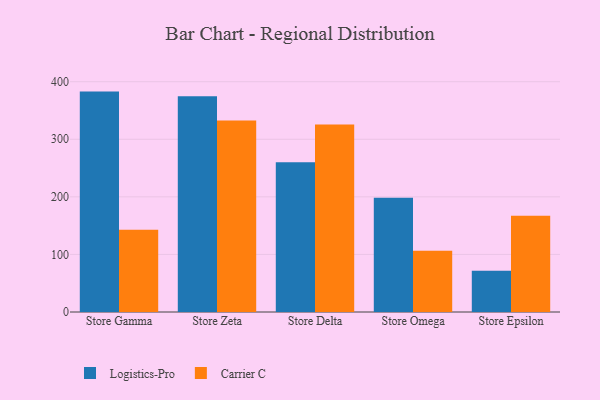
{"axis": {"x": "Store", "y": "Market Share (%)"}, "legend": ["Carrier C", "Logistics-Pro"], "data": [{"x": "Store Gamma", "y": 382.8, "type": "Logistics-Pro"}, {"x": "Store Gamma", "y": 142.7, "type": "Carrier C"}, {"x": "Store Zeta", "y": 374.8, "type": "Logistics-Pro"}, {"x": "Store Zeta", "y": 332.7, "type": "Carrier C"}, {"x": "Store Delta", "y": 260.2, "type": "Logistics-Pro"}, {"x": "Store Delta", "y": 325.7, "type": "Carrier C"}, {"x": "Store Omega", "y": 198.5, "type": "Logistics-Pro"}, {"x": "Store Omega", "y": 106.5, "type": "Carrier C"}, {"x": "Store Epsilon", "y": 71.6, "type": "Logistics-Pro"}, {"x": "Store Epsilon", "y": 167.0, "type": "Carrier C"}]}